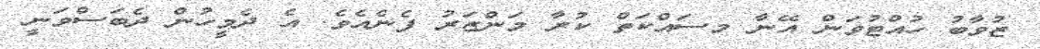
ޒުވާބު ހުއްޓުވަން އޭނާ މސައްކަތް ކުރާ މަންޒަރު ފެނެއެވެ. އެ ދެމީހުން ދެބަސްވަނީ